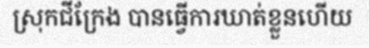
ស្រុកជីក្រែង បានធ្វើការឃាត់ខ្លួនហើយ